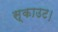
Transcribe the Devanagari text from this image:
स्काउट।